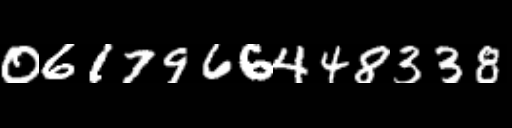
Text: 0617966448338